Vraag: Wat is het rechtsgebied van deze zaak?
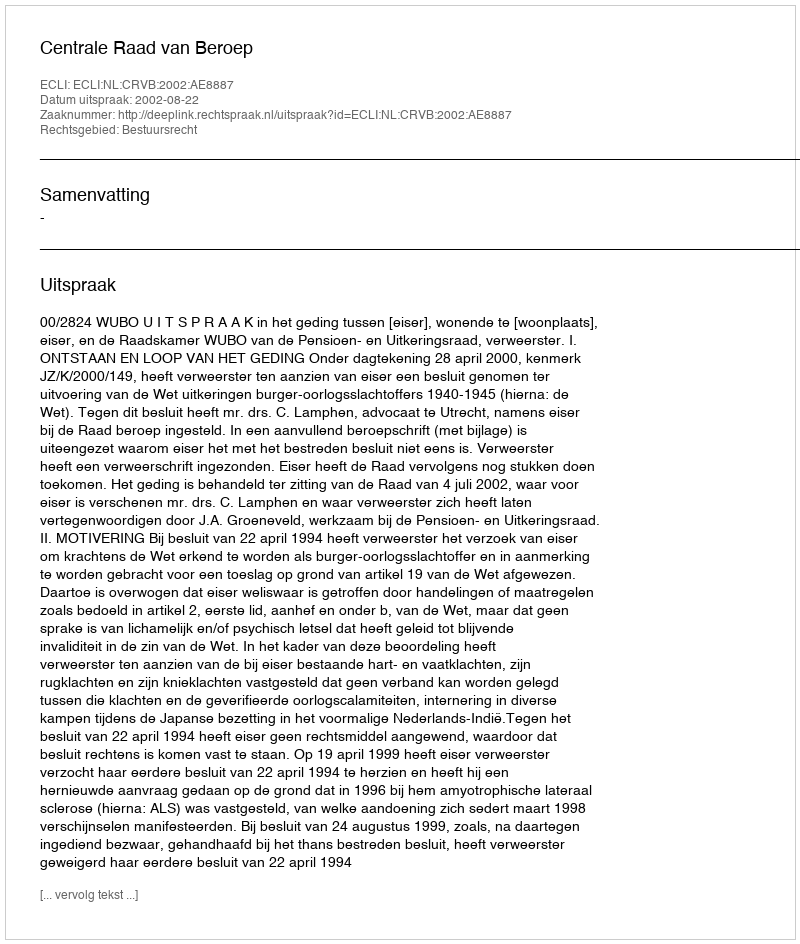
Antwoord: Bestuursrecht